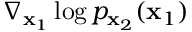
\nabla _ { \mathbf { x } _ { 1 } } \log p _ { \mathbf { x } _ { 2 } } ( \mathbf { x } _ { 1 } )